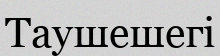
Таушешегі